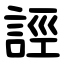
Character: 誙